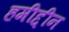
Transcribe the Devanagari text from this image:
हमीद्दीन